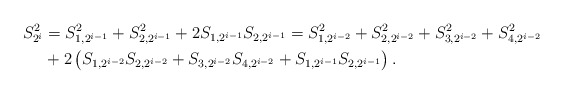
\begin{align*}S_{2^{i}}^{2} & =S_{1,2^{i-1}}^{2}+S_{2,2^{i-1}}^{2}+2S_{1,2^{i-1}}S_{2,2^{i-1}}=S_{1,2^{i-2}}^{2}+S_{2,2^{i-2}}^{2}+S_{3,2^{i-2}}^{2}+S_{4,2^{i-2}}^{2}\\& +2\left( S_{1,2^{i-2}}S_{2,2^{i-2}}+S_{3,2^{i-2}}S_{4,2^{i-2}}+S_{1,2^{i-1}}S_{2,2^{i-1}}\right) .\end{align*}